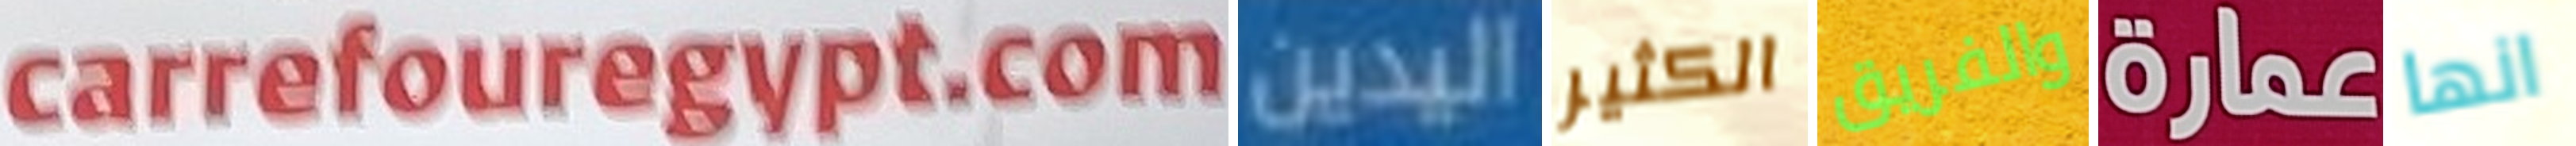
carrefouregypt.com اليدين الكثير والفريق عمارة انها